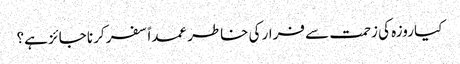
کیا روزہ کی زحمت سے فرار کی خاطر عمداً سفر کرنا جائز ہے؟